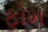
ફોમ